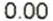
0.00